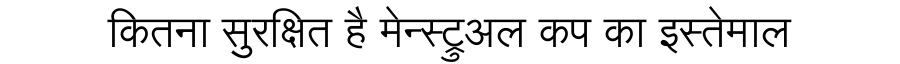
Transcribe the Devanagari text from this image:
कितना सुरक्षित है मेन्स्ट्रुअल कप का इस्तेमाल